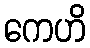
ကေဟိ